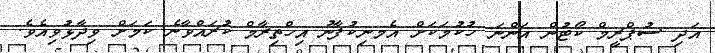
އަދި ސުޕްރީމް ކޯޓުން އަންނަ ހުކުމަކަށް އެމނިކުފާނު އިހްތިރާމް ކުރައްވާނެ ކަމަށް ވިދާޅުވިއެވެ.